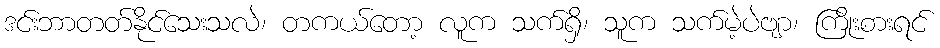
ဒင်းဘာတတ်နိုင်သေးသလဲ၊ တကယ်တော့ လူက သက်ရှိ၊ သူက သက်မဲ့ပဲဗျာ၊ ကြိုးစားရင်